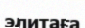
элитаға